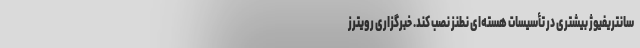
سانتریفیوژ بیشتری در تأسیسات هسته‌ای نطنز نصب کند. خبرگزاری رویترز